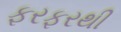
ફરફરથી